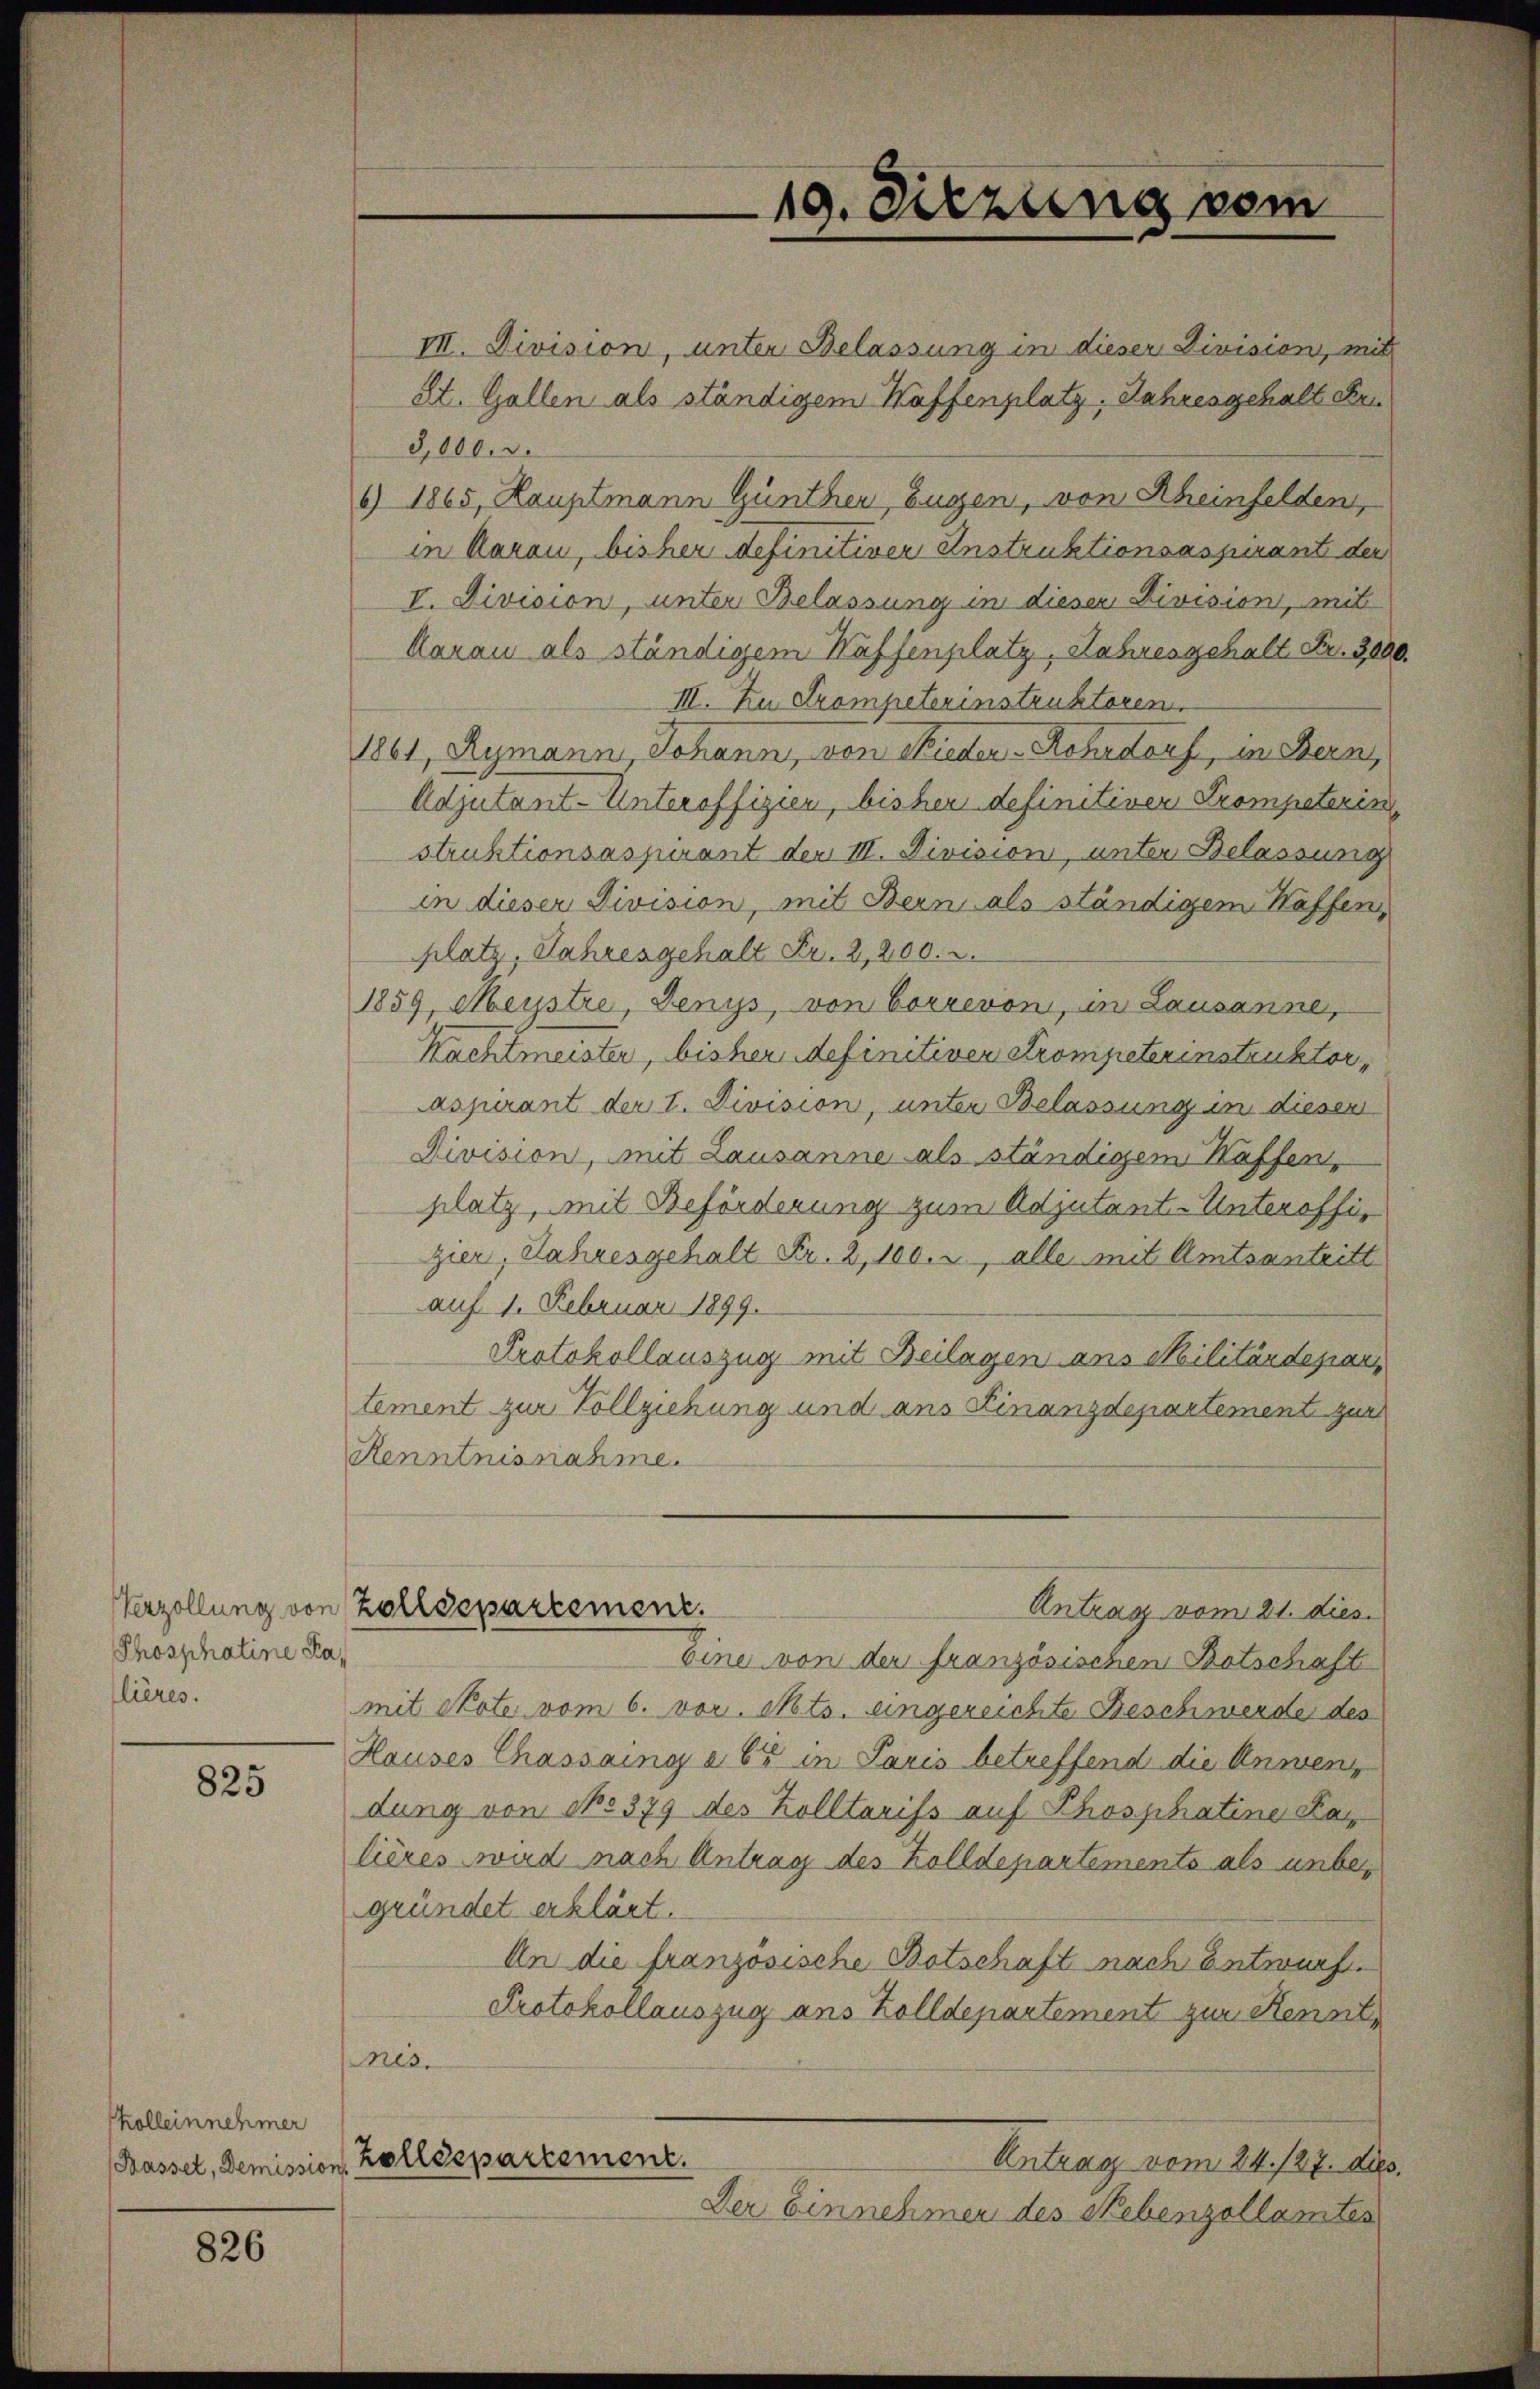
19. Sitzung vom

III. Division, unter Belassung in dieser Division, mit
St. Gallen als ständigem Kaffenplatz. Jahresgehalt Fei
3,000. d.
6) 1865, Hauptmann Günther, Eugen, von Rheinfelden,
in Aarau, bisher definitiver Instruktionsaspirant der
I. Division, unter Belassung in dieser Division, mit
Aarau als ständigem Waffenplatz, Jahresgehalt Fr. 3000
III. Zu Trompeterinstruktoren.
1861, Aymann, Johann, von Nieder - Rehrdorf, in Bern,
Adjutant-Unteroffizien, bisher definitiven Trompeterin
struktionsaspirant der III. Division, unter Belassung
in dieser Division, mit Bern als ständigem Kaffen,
platz, Jahresgehalt Fr. 2,200.
1859, Meystre, Jenys, von Correvon, in Lausanne,
Nachtmeister, bisher definitiver Krompeterinstruktor,
aspirant der I. Division, unter Belassung in diesen
Division, mit Lausanne als ständigem Kaffen,
platz, mit Beförderung zum Adjutant-Unteroffizier, Jahresgehalt Fr. 2, 100. r, alle mit Amtsantritt
auf 1. Februar 1899.
Protokollauszug mit Beilagen ans Militärdepar
tement zur Vollziehung und aus Finanzdepartement zur
Renntnisnahme.
Zolldepartement.
Antrag vom 21. dies.
Eine von der französischen Botschaft
mit Note vom 6. vor. Mts. eingereichte Beschwerde des
Hauses Chassaing à 65 in Paris betreffend die Anwendung von No 379 des Zolltarifs auf Phosphatine Kalières wird nach Antrag des Zolldepartements als unbegründet erklärt.
An die französische Botschaft nach Entwurf.
Protokollauszug aus Zolldepartement zur Kennt,
nes.
Antrag vom 24. 127. d.
(Kasset, Demission Zollespartement.
Der Einnehmer des Nebenzollamtes

Verzollung von
Phosphatine Palières.

825

kollein nehmer

826